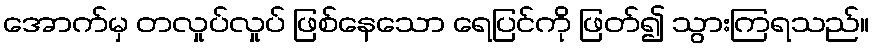
အောက်မှ တလှုပ်လှုပ် ဖြစ်နေသော ရေပြင်ကို ဖြတ်၍ သွားကြရသည်။